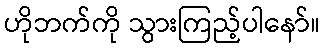
ဟိုဘက်ကို သွားကြည့်ပါနော်။